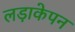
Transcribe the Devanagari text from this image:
लड़ाकेपन